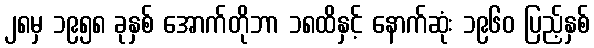
၂၈မှ ၁၉၅၈ ခုနှစ် အောက်တိုဘာ ၁၈ထိနှင့် နောက်ဆုံး ၁၉၆၀ ပြည့်နှစ်